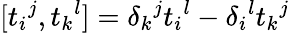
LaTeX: [t_{i}{}^{j},t_{k}{}^{l}]=\delta_{k}{}^{j}t_{i}{}^{l}-\delta_{i}{}^{l}t_{k}{}^{j}